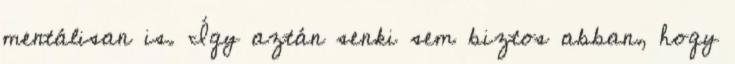
mentálisan is. Így aztán senki sem biztos abban, hogy